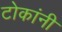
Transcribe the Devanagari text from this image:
टोकांनी